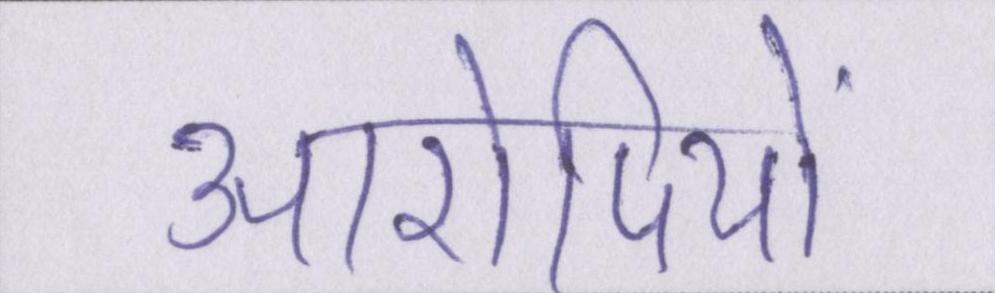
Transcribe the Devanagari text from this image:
आरोपियों